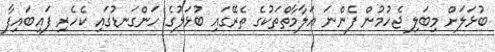
ބުޅަލަށް މިބަލި ޖެހުމުން ފެންނަ އަލާމާތްތަކުގެ ތެރޭގައި ބުޅަލުގެ ހަންގަނޑުގައި ކެހެރި ފައިބައިފާ